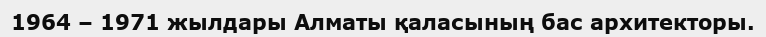
1964 – 1971 жылдары Алматы қаласының бас архитекторы.